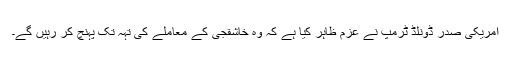
امریکی صدر ڈونلڈ ٹرمپ نے عزم ظاہر کیا ہے کہ وہ خاشقجی کے معاملے کی تہہ تک پہنچ کر رہیں گے۔